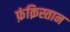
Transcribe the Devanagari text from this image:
फ़ंक़िस्तान